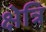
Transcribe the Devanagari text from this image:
क्षेत्रि